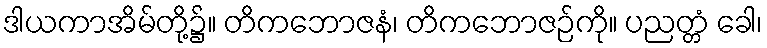
ဒါယကာအိမ်တို့၌။ တိကဘောဇနံ၊ တိကဘောဇဉ်ကို။ ပညတ္တံ ခေါ၊